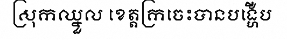
ស្រុកឈ្នួល ខេត្តក្រចេះបានបង្ហើប